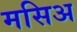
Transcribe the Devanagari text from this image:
मसिअ